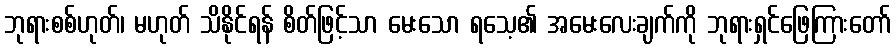
ဘုရားစစ်ဟုတ်၊ မဟုတ် သိနိုင်ရန် စိတ်ဖြင့်သာ မေးသော ရသေ့၏ အမေးလေးချက်ကို ဘုရားရှင်ဖြေကြားတော်